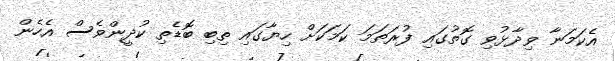
އެކަމަނާ ވިދާޅުވި ގޮތުގައި ފުރަތަމަ ކަމަކަށް ހިޔާގައި ތިބި ބޮޑެތި ކުދީންވެސް އެހެން